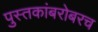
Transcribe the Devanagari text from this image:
पुस्तकांबरोबरच